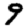
Digit: 9